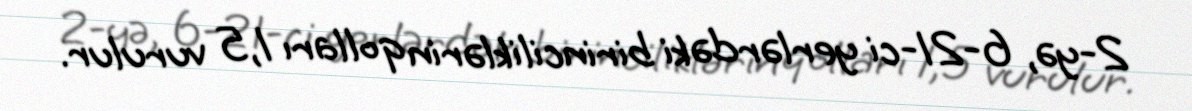
2-yə, 6-21-ci yerlərdəki birinciliklərin qolları 1,5 vurulur.